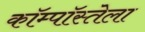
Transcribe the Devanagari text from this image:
कॉम्पॉस्तेला